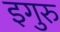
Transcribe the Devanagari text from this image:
इगुरु